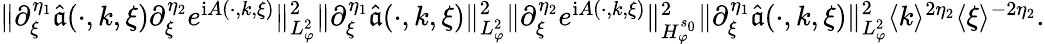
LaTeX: \begin{array}{r}{\rVert\partial_{\xi}^{\eta_{1}}\widehat{\mathfrak{a}}(\cdot,k,\xi)\partial_{\xi}^{\eta_{2}}e^{\mathrm{i}A(\cdot,k,\xi)}\rVert_{L_{\varphi}^{2}}^{2}\le\rVert\partial_{\xi}^{\eta_{1}}\widehat{\mathfrak{a}}(\cdot,k,\xi)\rVert_{L_{\varphi}^{2}}^{2}\rVert\partial_{\xi}^{\eta_{2}}e^{\mathrm{i}A(\cdot,k,\xi)}\rVert_{H_{\varphi}^{s_{0}}}^{2}\le\rVert\partial_{\xi}^{\eta_{1}}\widehat{\mathfrak{a}}(\cdot,k,\xi)\rVert_{L_{\varphi}^{2}}^{2}\langle k\rangle^{2\eta_{2}}\langle\xi\rangle^{-2\eta_{2}}.}\end{array}